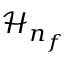
\mathcal { H } _ { n _ { f } }